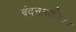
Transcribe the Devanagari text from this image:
बंदनमालिका